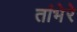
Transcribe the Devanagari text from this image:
तांभेरे